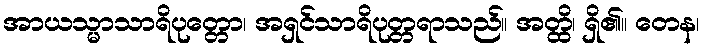
အာယသ္မာသာရိပုတ္တော၊ အရှင်သာရိပုတ္တရာသည်။ အတ္ထိ၊ ရှိ၏။ တေန၊